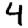
Digit: 4